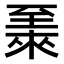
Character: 𫇏